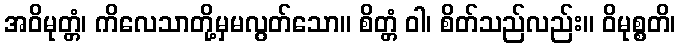
အဝိမုတ္တံ၊ ကိလေသာတို့မှမလွတ်သော။ စိတ္တံ ဝါ၊ စိတ်သည်လည်း။ ဝိမုစ္စတိ၊